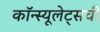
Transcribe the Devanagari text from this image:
कॉन्स्यूलेट्सची